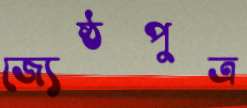
জ্যেষ্ঠপুত্র